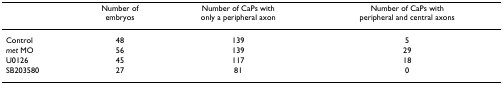
<table><thead><tr><td></td><td><b>Number of embryos</b></td><td><b>Number of CaPs with only a peripheral axon</b></td><td><b>Number of CaPs with peripheral and central axons</b></td></tr></thead><tbody><tr><td>Control</td><td>48</td><td>139</td><td>5</td></tr><tr><td><i>met </i>MO</td><td>56</td><td>139</td><td>29</td></tr><tr><td>U0126</td><td>45</td><td>117</td><td>18</td></tr><tr><td>SB203580</td><td>27</td><td>81</td><td>0</td></tr></tbody></table>